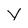
Character: V